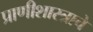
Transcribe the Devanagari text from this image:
प्राणीशास्त्राचे